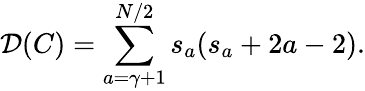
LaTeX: {\mathcal D}(C)=\sum_{a=\gamma+1}^{N/2}s_{a}(s_{a}+2a-2).